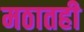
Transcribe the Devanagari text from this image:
मठातही